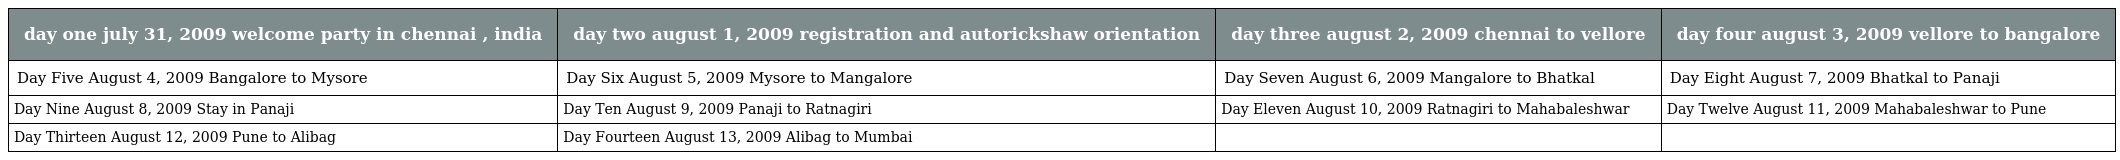
| day one july 31, 2009 welcome party in chennai , india | day two august 1, 2009 registration and autorickshaw orientation | day three august 2, 2009 chennai to vellore | day four august 3, 2009 vellore to bangalore |
 | --- | --- | --- | --- |
 | Day Five August 4, 2009 Bangalore to Mysore | Day Six August 5, 2009 Mysore to Mangalore | Day Seven August 6, 2009 Mangalore to Bhatkal | Day Eight August 7, 2009 Bhatkal to Panaji |
 | Day Nine August 8, 2009 Stay in Panaji | Day Ten August 9, 2009 Panaji to Ratnagiri | Day Eleven August 10, 2009 Ratnagiri to Mahabaleshwar | Day Twelve August 11, 2009 Mahabaleshwar to Pune |
 | Day Thirteen August 12, 2009 Pune to Alibag | Day Fourteen August 13, 2009 Alibag to Mumbai |  |  |